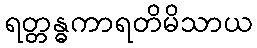
ရတ္တန္ဓကာရတိမိသာယ